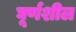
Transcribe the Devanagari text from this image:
घूर्णशील